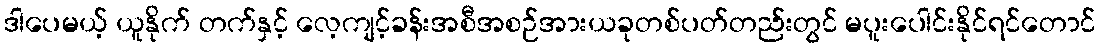
ဒါပေမယ့် ယူနိုက် တက်နှင့် လေ့ကျင့်ခန်းအစီအစဉ်အားယခုတစ်ပတ်တည်းတွင် မပူးပေါင်းနိုင်ရင်တောင်